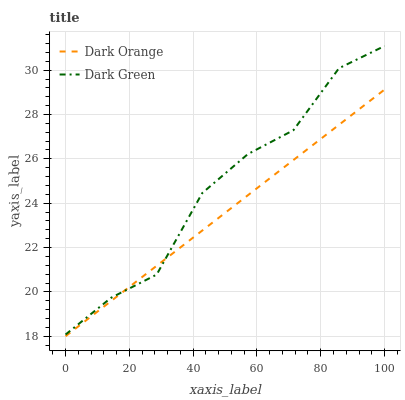
| xaxis_label | Dark Orange | Dark Green |
 | --- | --- | --- |
 | 0 | 18 | 18.1 |
 | 14.3 | 19.6 | 19.7 |
 | 28.6 | 21.2 | 20.8 |
 | 42.9 | 22.8 | 24.5 |
 | 57.1 | 24.4 | 26.2 |
 | 71.4 | 25.9 | 27.3 |
 | 85.7 | 27.5 | 30.1 |
 | 100 | 29.1 | 31.1 |